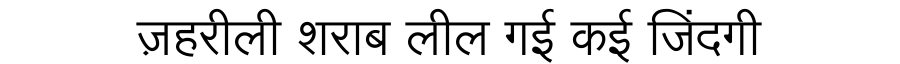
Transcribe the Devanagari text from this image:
ज़हरीली शराब लील गई कई जिंदगी